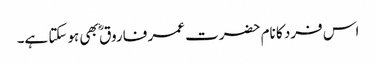
اس فرد کا نام حضرت عمر فاروق ؓ بھی ہوسکتا ہے۔